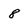
Character: 8